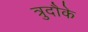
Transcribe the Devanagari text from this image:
त्रुदौके